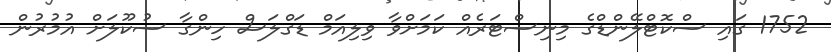
1752 ގައި ސްކޮޓްލޭންޑްގެ މިނިސްޓަރެއް ކަމަށްވާ ވިލިއަމް ޑަގްލަސް ހިންގާ ސުކޫލަށް އުމުރުން